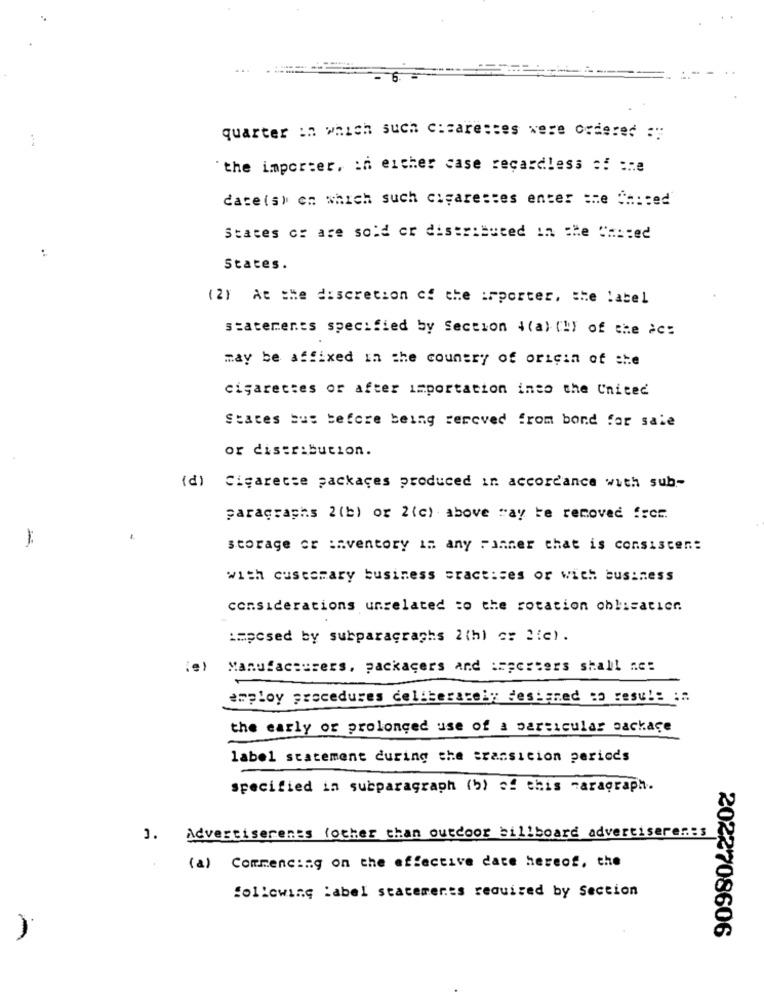
quarter in which such c:caresses were ordered :
"the importer, in either case regardless of ane
date(s) en which such cigarestes enter she Chiced
States or are sold or distributed in the Chsted
States.
(2) At the discretion of the irporter, the label
statements specified by Section 4(a) (!) of the )c:
may be affixed in the country of origin of she
cigarettes or after importation into the United
States but before being rercved from bond for sale
or distribution.
(d) Cigarette packages produced in accordance with sub-
paragraphs 2(b) or 2(c) above "ay te removed from.
storage cr inventory in any Finner that is consisten ::
with customary business sract:ses or with business
considerations unrelated to the rotation oblicaticr.
imposed by subparagraphs 2(h) c: 2:c).
(e)
Manufacturers, packagers and :apcrters shall a.c:
employ procedures deliberately designed ! :
the early or prolonged use of a particular package
label statement during the transicion periods
specified in subparagraph (b) of this paragraph.
1.
Advertiserents (other than outdoor billboard advertiseren:s
(a) Commencing on the effective date hereof, the
following :abel statements required by Section
2022708606